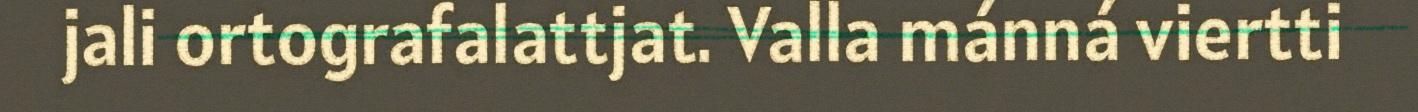
jali ortografalattjat. Valla mánná viertti